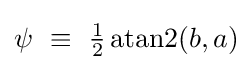
\psi ~\equiv ~{\tfrac {1}{2}}\operatorname {atan2} (b,a)